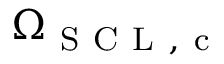
\Omega _ { \mathrm { ~ S ~ C ~ L ~ , ~ c ~ } }